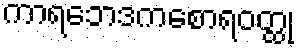
ကာရဘေဒကစောရဝတ္ထု